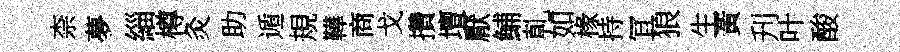
柰夢緇樽灸助遁規鞾商戈攢壇厭鯆乹如椽持冝狼生黃刋叶酸